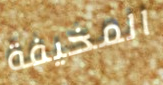
المخيفة